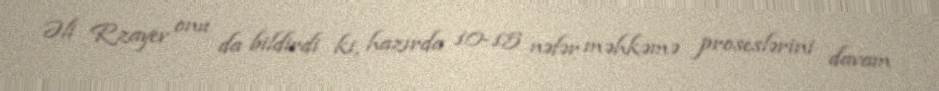
Əli Rzayev onu da bildirdi ki, hazırda 10-15 nəfər məhkəmə proseslərini davam